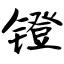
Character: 镫